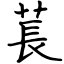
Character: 萇